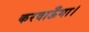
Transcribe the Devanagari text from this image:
करवाऊँगा।